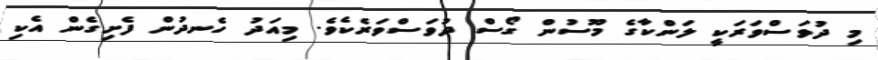
މި ދުވަސްވަރަކީ ލަންކާގެ މޫސުން ގޯސް ދުވަސްވަރެކެވެ. މިއަދު ހެނދުން ފެށިގެން އެކި